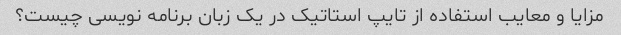
مزایا و معایب استفاده از تایپ استاتیک در یک زبان برنامه نویسی چیست؟